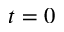
t = 0